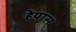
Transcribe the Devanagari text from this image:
हेयास